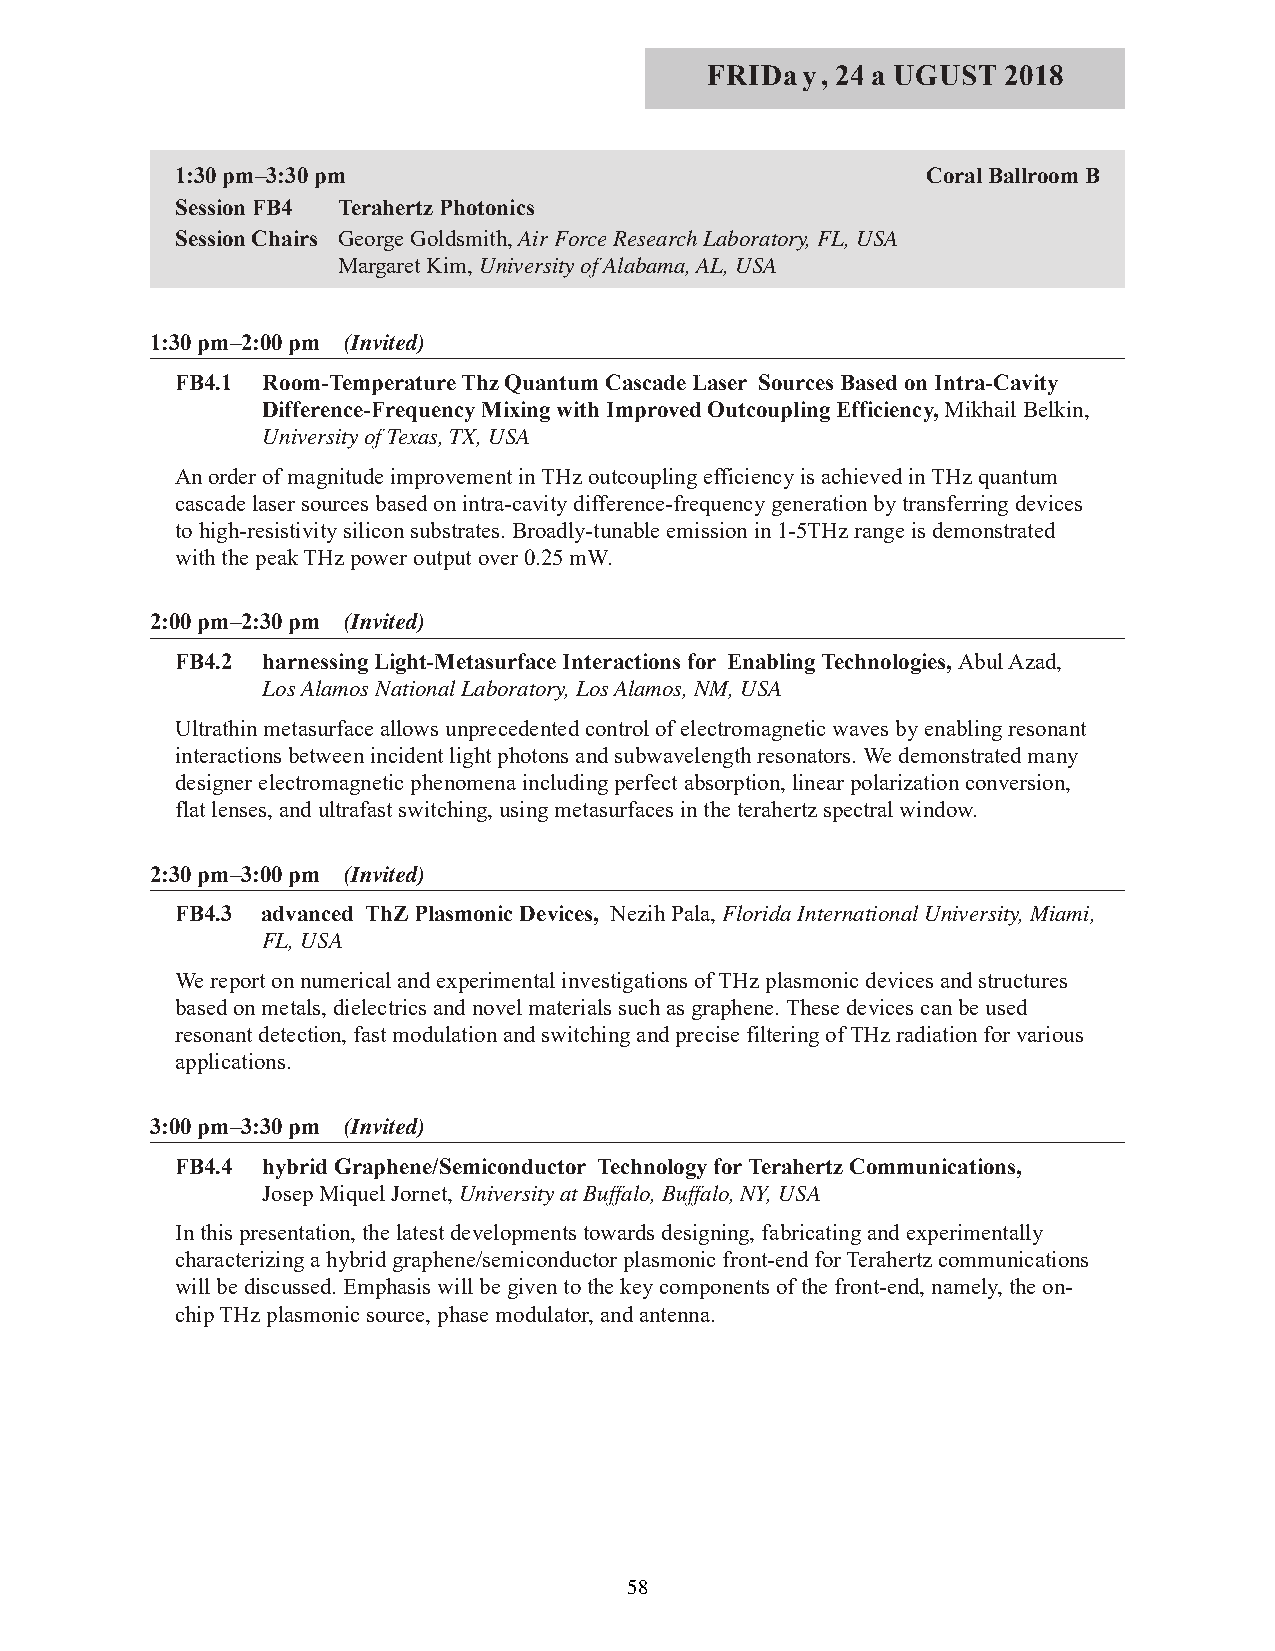
FRIDay, 24 a UGUST  2018
 1:30 pm–3:30 pm                                  Coral Ballroom B
 Session FB4 Terahertz Photonics
 Session Chairs George Goldsmith, Air Force Research Laboratory, FL, USA
 Margaret Kim, University of Alabama, AL, USA
 1:30 pm–2:00 pm (Invited)
 FB4.1 Room-Temperature Thz Quantum Cascade Laser Sources Based on Intra-Cavity
 Difference-Frequency Mixing with Improved Outcoupling Efficiency, Mikhail Belkin,
 University of Texas, TX, USA
 An order of magnitude improvement in THz outcoupling efficiency is achieved in THz quantum
 cascade laser sources based on intra-cavity difference-frequency generation by transferring devices
 to high-resistivity silicon substrates. Broadly-tunable emission in 1-5THz range is demonstrated
 with the peak THz power output over 0.25 mW.
 2:00 pm–2:30 pm (Invited)
 FB4.2 harnessing Light-Metasurface Interactions for Enabling Technologies, Abul Azad,
 Los Alamos National Laboratory, Los Alamos, NM, USA
 Ultrathin metasurface allows unprecedented control of electromagnetic waves by enabling resonant
 interactions between incident light photons and subwavelength resonators. We demonstrated many
 designer electromagnetic phenomena including perfect absorption, linear polarization conversion,
 flat lenses, and ultrafast switching, using metasurfaces in the terahertz spectral window.
 2:30 pm–3:00 pm (Invited)
 FB4.3 advanced ThZ Plasmonic Devices, Nezih Pala, Florida International University, Miami,
 FL, USA
 We report on numerical and experimental investigations of THz plasmonic devices and structures
 based on metals, dielectrics and novel materials such as graphene. These devices can be used
 resonant detection, fast modulation and switching and precise filtering of THz radiation for various
 applications.
 3:00 pm–3:30 pm (Invited)
 FB4.4 hybrid Graphene/Semiconductor Technology for Terahertz Communications,
 Josep Miquel Jornet, University at Buffalo, Buffalo, NY, USA
 In this presentation, the latest developments towards designing, fabricating and experimentally
 characterizing a hybrid graphene/semiconductor plasmonic front-end for Terahertz communications
 will be discussed. Emphasis will be given to the key components of the front-end, namely, the on-
 chip THz plasmonic source, phase modulator, and antenna.
 58